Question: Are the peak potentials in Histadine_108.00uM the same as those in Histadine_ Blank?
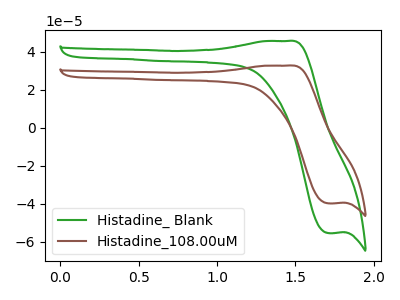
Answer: <think>The green curve "Histadine_ Blank" has an anodic peak at (1.45V, 45.75uA) and a cathodic peak at (1.70V, -55.35uA). The brown curve "Histadine_108.00uM" has an anodic peak at (1.45V, 32.80uA) and a cathodic peak at (1.70V, -39.70uA).</think>
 <answer>Yes, "Histadine_108.00uM" have a peak in "Histadine_ Blank" at the same potential.</answer>
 <eval>match</eval>